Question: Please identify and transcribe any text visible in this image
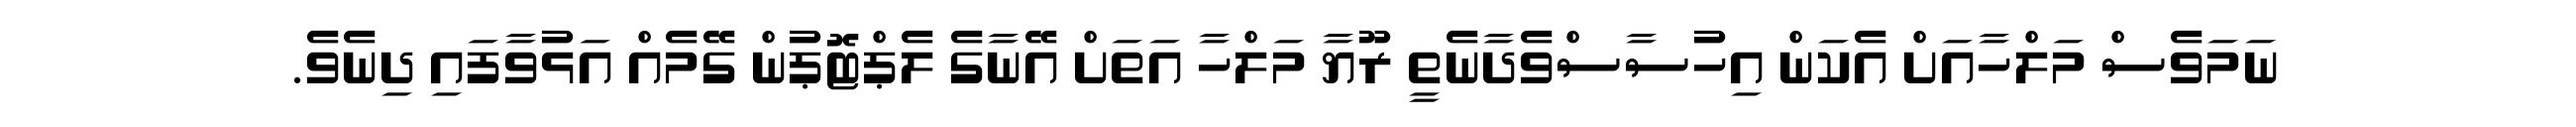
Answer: ނަމަވެސް މަލްހާއަށް އެކަން އިހުސާސްވެދާނެތީ ރޫޔާ މަލްހާ އަތަށް އޭނާގެ ލެޕްޓޮޕުން ގޭމެއް އަޅުވާފައި ދިނެވެ.